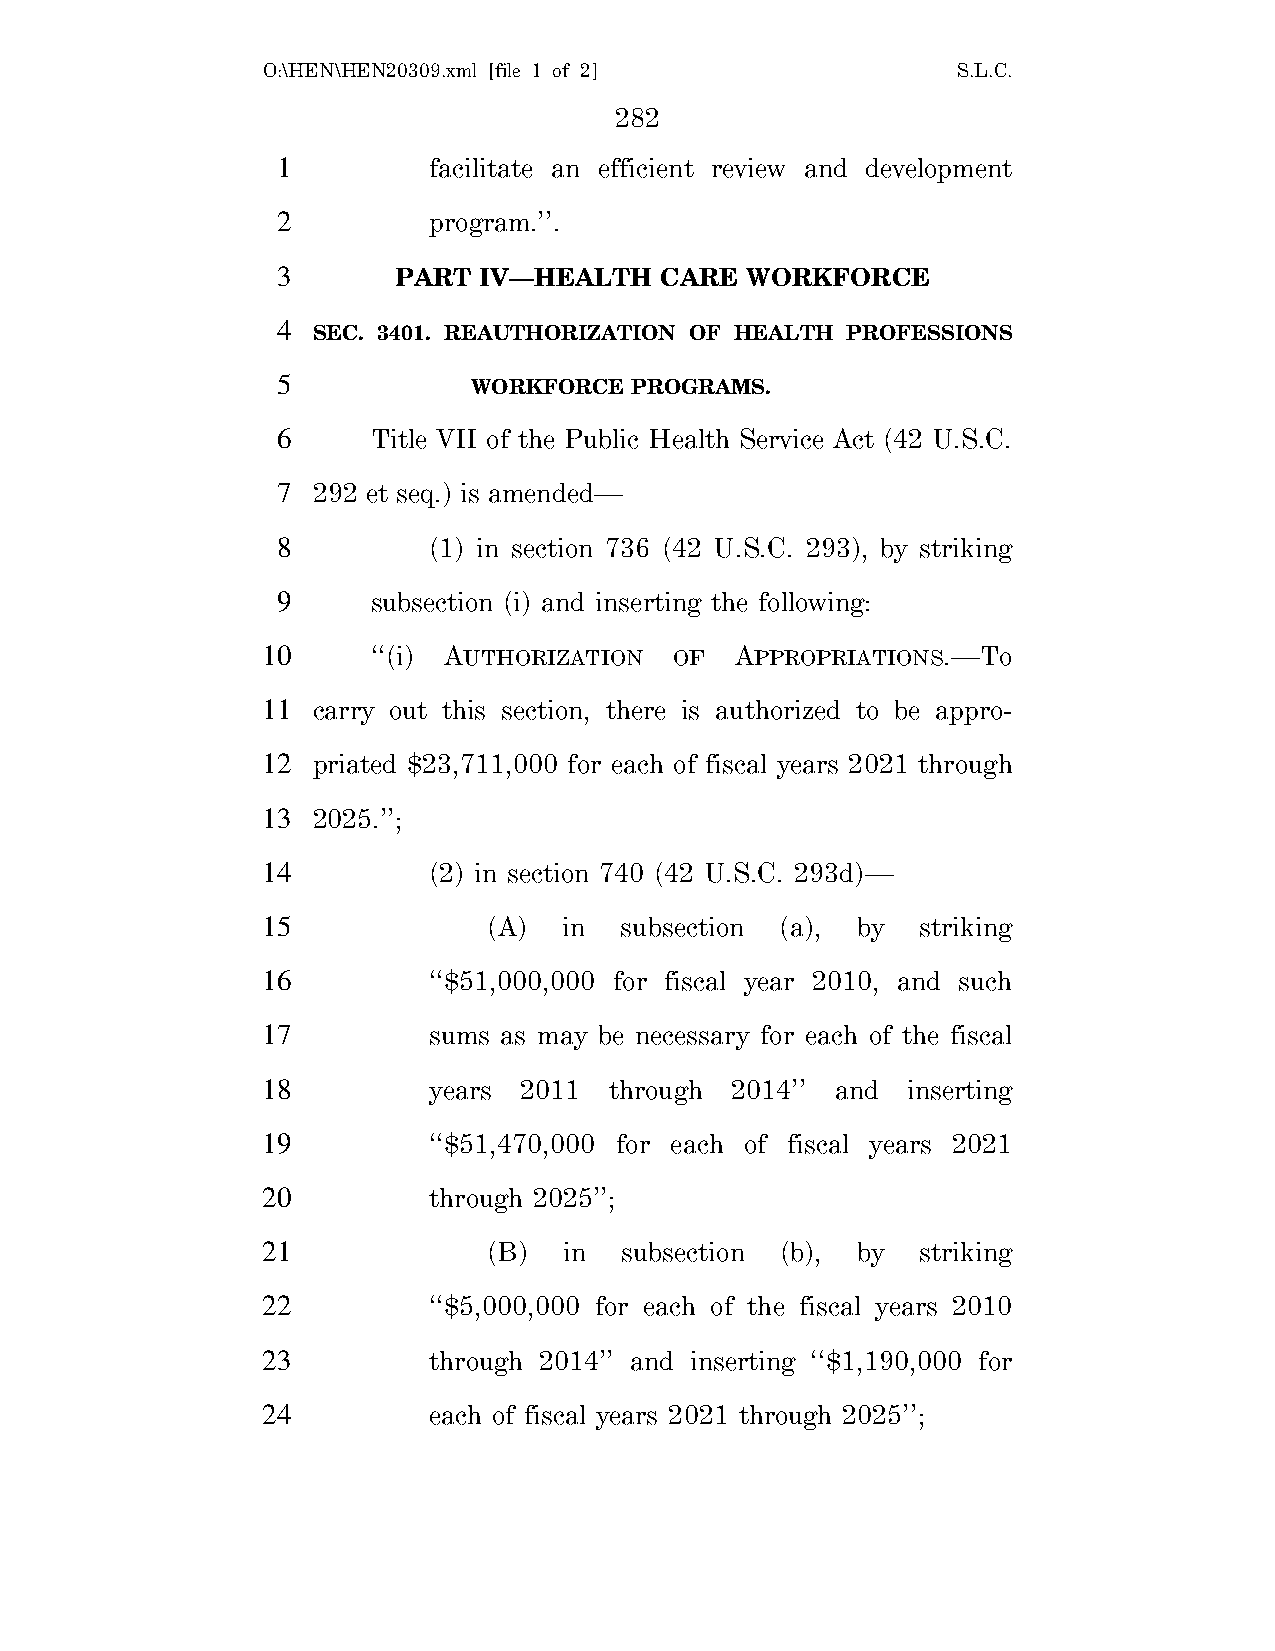
O:\HEN\HEN20309.xml [file 1 of 2]             S.L.C.
 282
 1         facilitate an efficient review and development
 2         program.’’.
 3       PART  IV—HEALTH   CARE WORKFORCE
 4
 SEC. 3401. REAUTHORIZATION OF HEALTH PROFESSIONS
 5
 WORKFORCE  PROGRAMS.
 6      Title VII of the Public Health Service Act (42 U.S.C.
 7  292 et seq.) is amended—
 8         (1) in section 736 (42 U.S.C. 293), by striking
 9      subsection (i) and inserting the following:
 10      ‘‘(i) AUTHORIZATION OF  APPROPRIATIONS.—To
 11  carry out this section, there is authorized to be appro-
 12  priated $23,711,000 for each of fiscal years 2021 through
 13  2025.’’;
 14         (2) in section 740 (42 U.S.C. 293d)—
 15             (A)  in  subsection (a), by  striking
 16         ‘‘$51,000,000 for fiscal year 2010, and such
 17         sums as may be necessary for each of the fiscal
 18         years 2011  through 2014’’ and  inserting
 19         ‘‘$51,470,000 for each of fiscal years 2021
 20         through 2025’’;
 21             (B)  in  subsection (b), by  striking
 22         ‘‘$5,000,000 for each of the fiscal years 2010
 23         through 2014’’ and inserting ‘‘$1,190,000 for
 24         each of fiscal years 2021 through 2025’’;